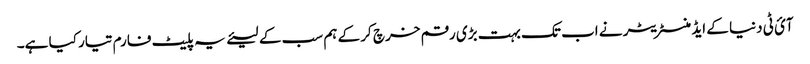
آئ ٹی دنیا کے ایڈمنسٹریٹر نے اب تک بہت بڑی رقم خرچ کر کے ہم سب کے لیئے یہ پلیٹ فارم تیار کیا ہے۔